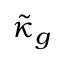
\tilde { \kappa } _ { g }